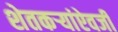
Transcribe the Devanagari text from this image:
शेतकऱ्यांऐवजी